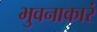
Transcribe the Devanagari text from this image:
भुवनाकारं